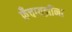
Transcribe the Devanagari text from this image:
फ्रँचायझींना